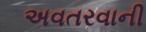
અવતરવાની